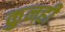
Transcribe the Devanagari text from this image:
कुनही